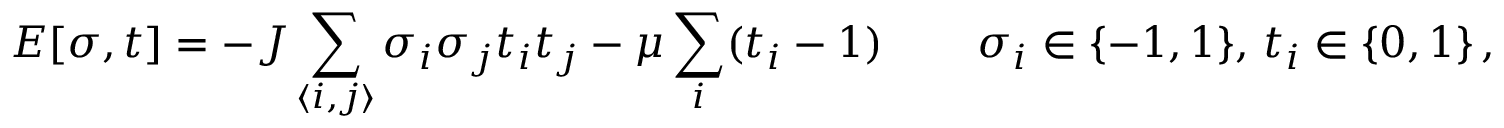
E [ \sigma , t ] = - J \sum _ { \langle i , j \rangle } \sigma _ { i } \sigma _ { j } t _ { i } t _ { j } - \mu \sum _ { i } ( t _ { i } - 1 ) \, \qquad \sigma _ { i } \in \{ - 1 , 1 \} , \, t _ { i } \in \{ 0 , 1 \} \, ,